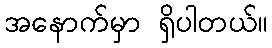
အနောက်မှာ ရှိပါတယ်။